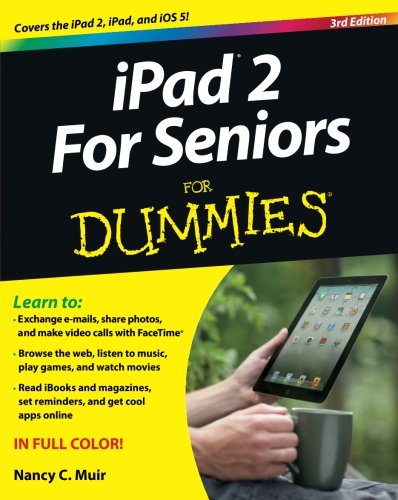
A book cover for iPad 2 For Seniors For Dummies; Nancy C. Muir; Computers & Technology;